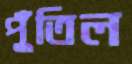
পুঁতিল